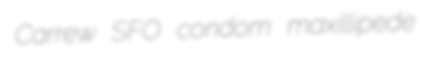
Carrew SFO condom maxillipede